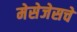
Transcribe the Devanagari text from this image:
मेसेजेसचे